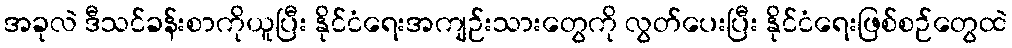
အခုလဲ ဒီသင်ခန်းစာကိုယူပြီး နိုင်ငံရေးအကျဉ်းသားတွေကို လွတ်ပေးပြီး နိုင်ငံရေးဖြစ်စဉ်တွေထဲ